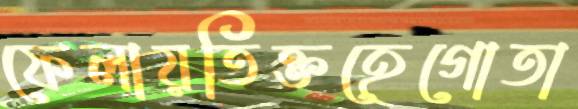
ফেলায়তিক্তহেগোতা